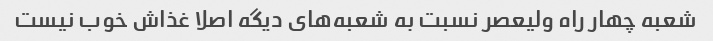
شعبه چهار راه ولیعصر نسبت به شعبه‌های دیگه اصلا غذاش خوب نیست